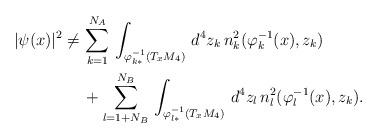
LaTeX: \begin{align*}|\psi(x)|^2\neq\,&\sum^{N_A}_{k=1}\,\int_{\varphi^{-1}_{k*}(T_xM_4)} \,d^4z_k\,n^2_k(\varphi^{-1}_{k}(x),z_k)\\& +\sum^{N_B}_{l=1+N_B}\,\int_{\varphi^{-1}_{l*}(T_xM_4)} \,d^4z_l\,n^2_l(\varphi^{-1}_{l}(x),z_k).\end{align*}